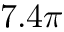
7 . 4 \pi